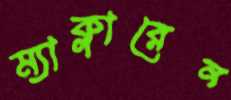
ম্যাক্লারেন